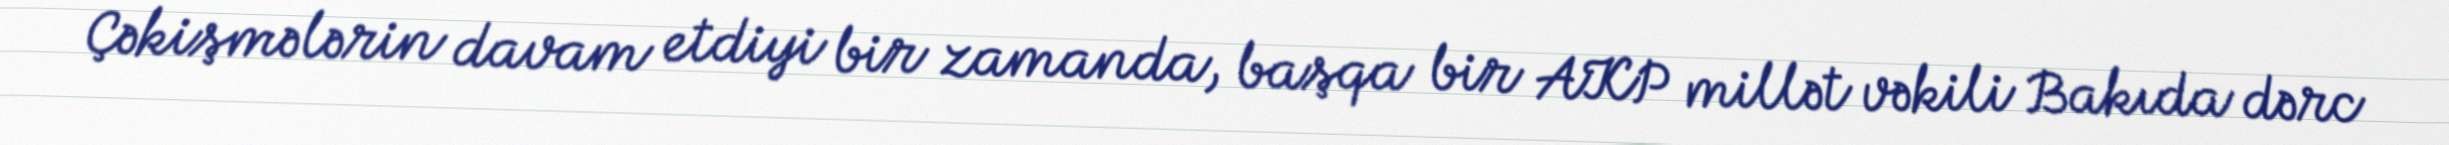
Çəkişmələrin davam etdiyi bir zamanda, başqa bir AKP millət vəkili Bakıda dərc